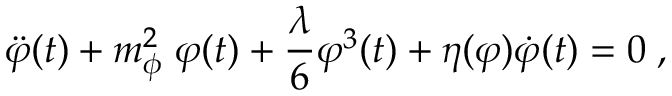
\ddot { \varphi } ( t ) + m _ { \phi } ^ { 2 } \; \varphi ( t ) + \frac { \lambda } { 6 } \varphi ^ { 3 } ( t ) + \eta ( \varphi ) \dot { \varphi } ( t ) = 0 \; ,